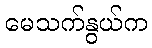
မေသက်နွယ်က